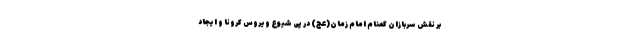
بر نقش سربازان گمنام امام زمان(عج) در پی شیوع ویروس کرونا و ایجاد